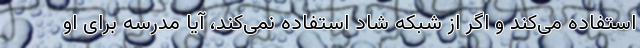
استفاده می‌کند و اگر از شبکه شاد استفاده نمی‌کند، آیا مدرسه برای او